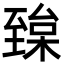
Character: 𦥅